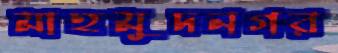
মাহমুদনগর